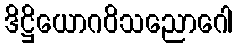
ဒိဋ္ဌိယောဂဝိသညောဂေါ